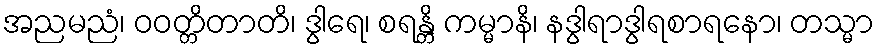
အညမညံ၊ ဝဝတ္တိတာတိ၊ ဒွါရေ၊ စရန္တိ ကမ္မာနိ၊ နဒွါရာဒွါရစာရနော၊ တသ္မာ